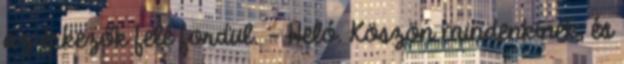
az érkezők felé fordul. - Heló. Köszön mindenkinek, és